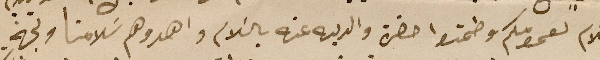
السَلام لعمومكم وطمنوا حضرة والديه عنه بالسَلام واهدوهم سَلامنا ولجهة